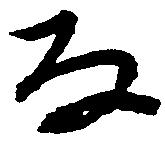
な